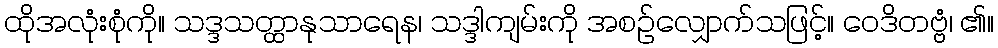
ထိုအလုံးစုံကို။ သဒ္ဒသတ္ထာနုသာရေန၊ သဒ္ဒါကျမ်းကို အစဉ်လျှောက်သဖြင့်။ ဝေဒိတဗ္ဗံ၊ ၏။